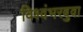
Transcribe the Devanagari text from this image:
विश्वंभरबुवा